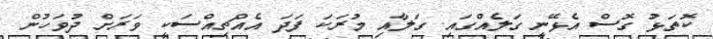
ކޮތަޅު ގޮސް އެޅޭނީ ގަލެއްގައި. ގަލާއި މުރަކަ ފަދަ އެއްޗިއްސަކީ ވަރަށް ދުވަހުން